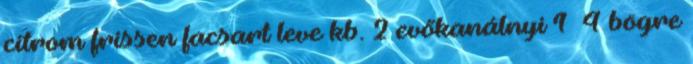
citrom frissen facsart leve kb. 2 evőkanálnyi 1 4 bögre